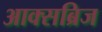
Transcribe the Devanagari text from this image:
आक्सब्रिज